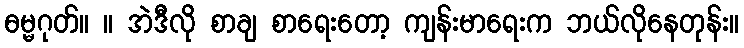
ဓမ္မဂုတ်။ ။ အဲဒီလို စာချ စာရေးတော့ ကျန်းမာရေးက ဘယ်လိုနေတုန်း။